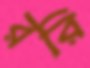
ররি